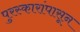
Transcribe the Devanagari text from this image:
पुरस्कारांपासून